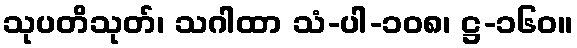
သုပတိသုတ်၊ သဂါထာ သံ-ပါ-၁၀၈၊ ဋ္ဌ-၁၆၀။